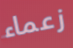
زعماء